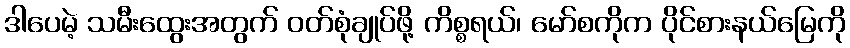
ဒါပေမဲ့ သမီးထွေးအတွက် ဝတ်စုံချုပ်ဖို့ ကိစ္စရယ်၊ မော်စကိုက ပိုင်စားနယ်မြေကို